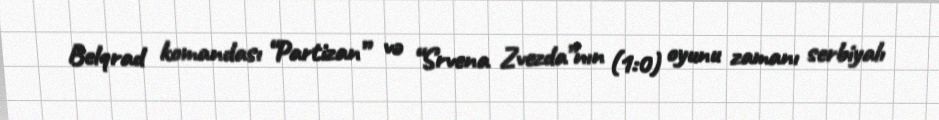
Belqrad komandası “Partizan” və “Srvena Zvezda”nın (1:0) oyunu zamanı serbiyalı